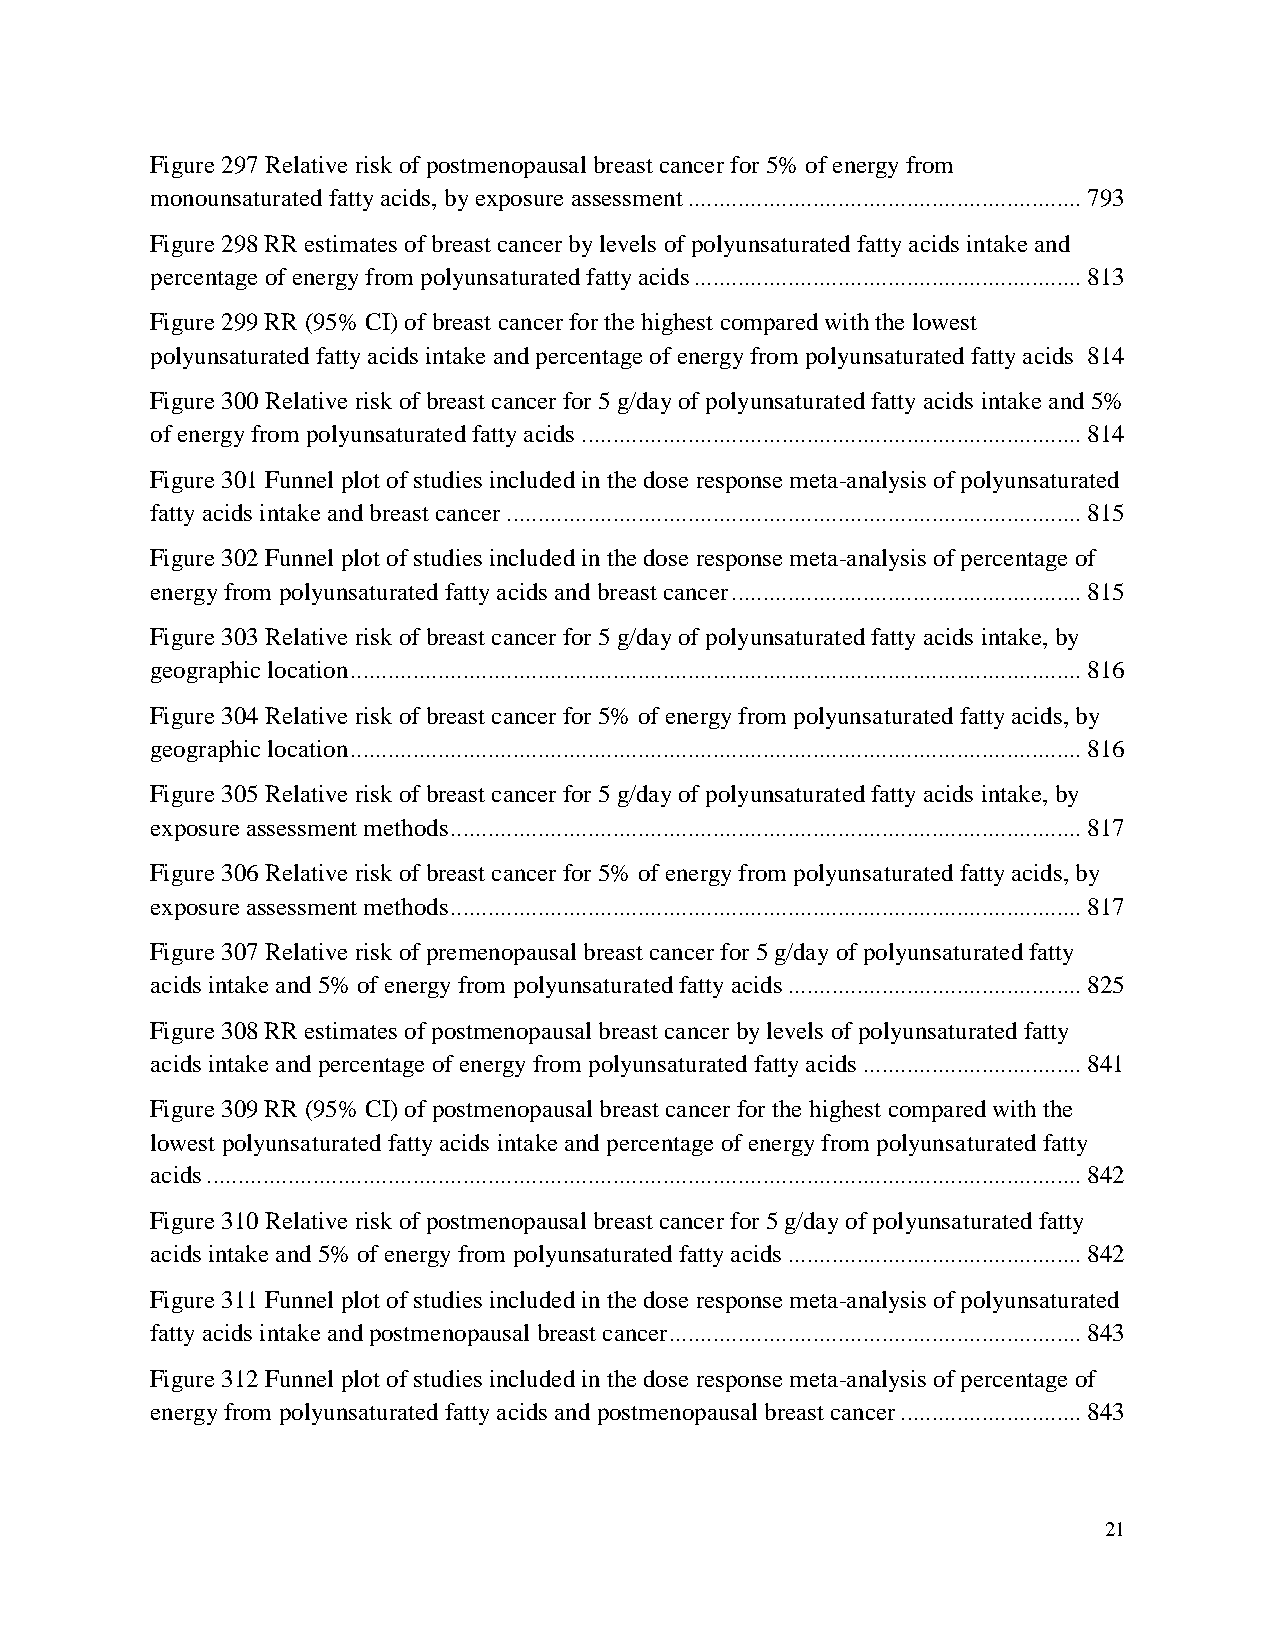
Figure 297 Relative risk of postmenopausal breast cancer for 5% of energy from
 monounsaturated fatty acids, by exposure assessment ............................................................... 793
 Figure 298 RR estimates of breast cancer by levels of polyunsaturated fatty acids intake and
 percentage of energy from polyunsaturated fatty acids .............................................................. 813
 Figure 299 RR (95% CI) of breast cancer for the highest compared with the lowest
 polyunsaturated fatty acids intake and percentage of energy from polyunsaturated fatty acids 814
 Figure 300 Relative risk of breast cancer for 5 g/day of polyunsaturated fatty acids intake and 5%
 of energy from polyunsaturated fatty acids ................................................................................ 814
 Figure 301 Funnel plot of studies included in the dose response meta-analysis of polyunsaturated
 fatty acids intake and breast cancer ............................................................................................ 815
 Figure 302 Funnel plot of studies included in the dose response meta-analysis of percentage of
 energy from polyunsaturated fatty acids and breast cancer ........................................................ 815
 Figure 303 Relative risk of breast cancer for 5 g/day of polyunsaturated fatty acids intake, by
 geographic location ..................................................................................................................... 816
 Figure 304 Relative risk of breast cancer for 5% of energy from polyunsaturated fatty acids, by
 geographic location ..................................................................................................................... 816
 Figure 305 Relative risk of breast cancer for 5 g/day of polyunsaturated fatty acids intake, by
 exposure assessment methods ..................................................................................................... 817
 Figure 306 Relative risk of breast cancer for 5% of energy from polyunsaturated fatty acids, by
 exposure assessment methods ..................................................................................................... 817
 Figure 307 Relative risk of premenopausal breast cancer for 5 g/day of polyunsaturated fatty
 acids intake and 5% of energy from polyunsaturated fatty acids ............................................... 825
 Figure 308 RR estimates of postmenopausal breast cancer by levels of polyunsaturated fatty
 acids intake and percentage of energy from polyunsaturated fatty acids ................................... 841
 Figure 309 RR (95% CI) of postmenopausal breast cancer for the highest compared with the
 lowest polyunsaturated fatty acids intake and percentage of energy from polyunsaturated fatty
 acids ............................................................................................................................................ 842
 Figure 310 Relative risk of postmenopausal breast cancer for 5 g/day of polyunsaturated fatty
 acids intake and 5% of energy from polyunsaturated fatty acids ............................................... 842
 Figure 311 Funnel plot of studies included in the dose response meta-analysis of polyunsaturated
 fatty acids intake and postmenopausal breast cancer .................................................................. 843
 Figure 312 Funnel plot of studies included in the dose response meta-analysis of percentage of
 energy from polyunsaturated fatty acids and postmenopausal breast cancer ............................. 843
 21